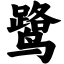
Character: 鹭